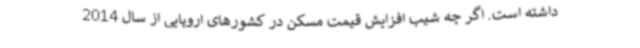
داشته است. اگر چه شیب افزایش قیمت مسکن در کشورهای اروپایی از سال 2014